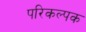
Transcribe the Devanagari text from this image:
परिकल्पक